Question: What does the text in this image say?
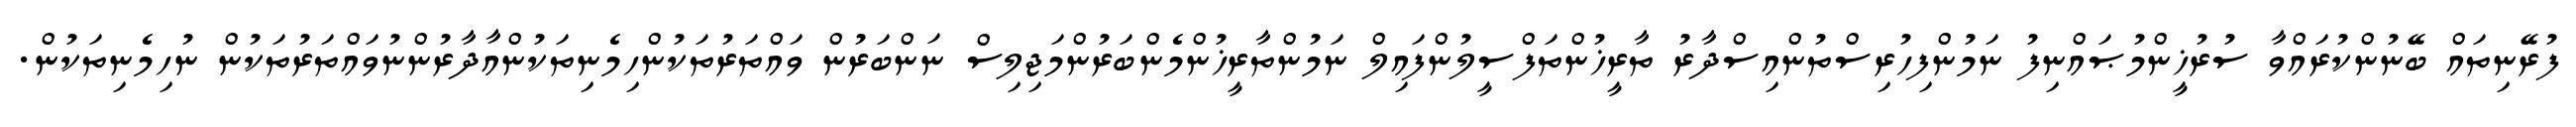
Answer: ފުރޭނިތައް ބޭނުންކުރައްވާ ސުރުޚީންމުޞައްނިފު ނަމުންފިހުރިސްތުންއިސްދާރު ތާރީޚުންތަފްސީލުންފައިލް ނަމުންތާރީޚުންމެންބަރުންމަޖިލިސް ނަންބަރުން ވައްތަރުތަކުންހިމެނިތަކުންއާދާރުންނުވައްތަރުތަކުން ނުހިމެނިތަކުން.